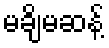
မချိမဆန့်